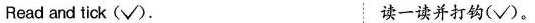
Read and tick （\surd ）.读一读并打钩(√).